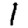
Digit: 1